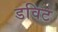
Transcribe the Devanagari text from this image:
डविट